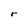
Character: r